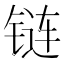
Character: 链